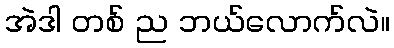
အဲဒါ တစ် ည ဘယ်လောက်လဲ။